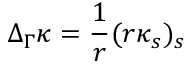
\Delta _ { \Gamma } \kappa = \frac 1 r ( r \kappa _ { s } ) _ { s }